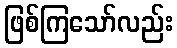
ဖြစ်ကြသော်လည်း